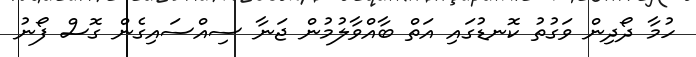
ހުމާ ދޯދިން ވަގުތު ކޮނޑުގައި އަތް ބާއްވާލުމުން ޖަނާ ސިއްސައިގެން ގޮސް ފޯނު